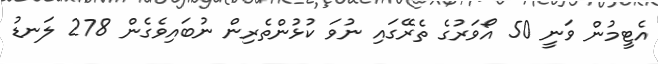
އެޓީމުން ވަނީ 50 އޯވަރުގެ ތެރޭގައި ނުވަ ކުޅުންތެރިން ނުބައިވެގެން 278 ލަނޑު